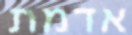
אדמת